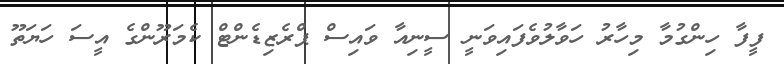
ފީފާ ހިންގުމާ މިހާރު ހަވާލުވެފައިވަނީ ސީނިއާ ވައިސް ޕްރެޒިޑެންޓް ކެމަރޫންގެ އީސަ ހަޔަތޫ